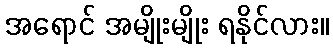
အရောင် အမျိုးမျိုး ရနိုင်လား။